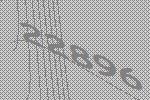
22896